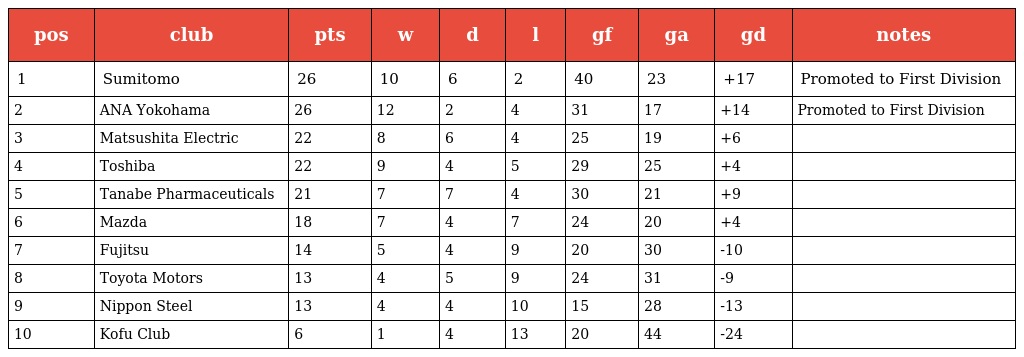
| pos | club | pts | w | d | l | gf | ga | gd | notes |
 | --- | --- | --- | --- | --- | --- | --- | --- | --- | --- |
 | 1 | Sumitomo | 26 | 10 | 6 | 2 | 40 | 23 | +17 | Promoted to First Division |
 | 2 | ANA Yokohama | 26 | 12 | 2 | 4 | 31 | 17 | +14 | Promoted to First Division |
 | 3 | Matsushita Electric | 22 | 8 | 6 | 4 | 25 | 19 | +6 |  |
 | 4 | Toshiba | 22 | 9 | 4 | 5 | 29 | 25 | +4 |  |
 | 5 | Tanabe Pharmaceuticals | 21 | 7 | 7 | 4 | 30 | 21 | +9 |  |
 | 6 | Mazda | 18 | 7 | 4 | 7 | 24 | 20 | +4 |  |
 | 7 | Fujitsu | 14 | 5 | 4 | 9 | 20 | 30 | -10 |  |
 | 8 | Toyota Motors | 13 | 4 | 5 | 9 | 24 | 31 | -9 |  |
 | 9 | Nippon Steel | 13 | 4 | 4 | 10 | 15 | 28 | -13 |  |
 | 10 | Kofu Club | 6 | 1 | 4 | 13 | 20 | 44 | -24 |  |